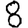
Digit: 8